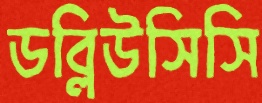
ডব্লিউসিসি